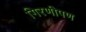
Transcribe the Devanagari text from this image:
गिरणीपण